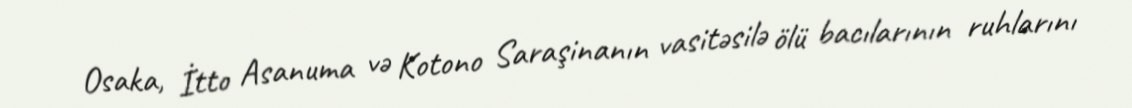
Osaka, İtto Asanuma və Kotono Saraşinanın vasitəsilə ölü bacılarının ruhlarını